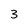
Character: 3